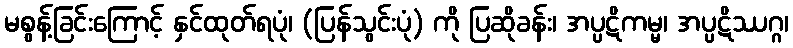
မစွန့်ခြင်းကြောင့် နှင်ထုတ်ရပုံ၊ (ပြန်သွင်းပုံ) ကို ပြဆိုခန်း၊ အပ္ပဋိကမ္မ၊ အပ္ပဋိဿဂ္ဂ၊